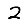
Digit: 2